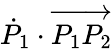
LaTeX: {\dot{P}}_{1}\cdot\overrightarrow{P_{1}P_{2}}